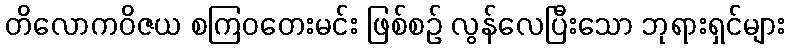
တိလောကဝိဇယ စကြဝတေးမင်း ဖြစ်စဉ် လွန်လေပြီးသော ဘုရားရှင်များ